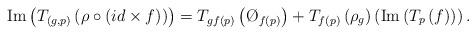
LaTeX: \begin{align*}\operatorname{Im}\left(T_{\left(g,p\right)}\left(\rho\circ \left(id \times f\right)\right)\right)= T_{gf\left(p\right)}\left(\O_{f\left(p\right)}\right)+T_{f\left(p\right)}\left(\rho_g\right)\left(\operatorname{Im}\left(T_p\left(f\right)\right)\right).\end{align*}